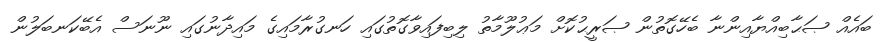
ބައެއް ޞަޙާބިއްޔާއިންނާ ބެހޭގޮތުން ޞަރީޙުކޮށް މަޢުލޫމާތު ލިބިފައިވާގޮތުގައި ހަނގުރާމައިގެ މައިދާނުގައި ނޫނަސް އެބޭކަނބަލުން